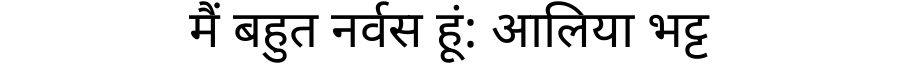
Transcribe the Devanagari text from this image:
मैं बहुत नर्वस हूं: आलिया भट्ट